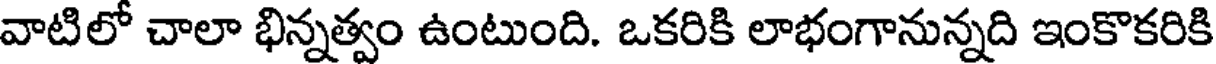
వాటిలో చాలా భిన్నత్వం ఉంటుంది. ఒకరికి లాభంగానున్నది ఇంకొకరికి